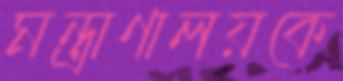
মন্ত্রাণালয়কে